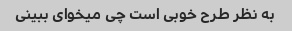
به نظر طرح خوبی است چی میخوای ببینی